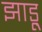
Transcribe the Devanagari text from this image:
झाडू़